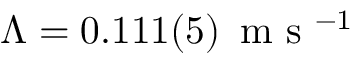
\Lambda = 0 . 1 1 1 ( 5 ) \, \mathrm { ~ m ~ s ~ } ^ { - 1 }